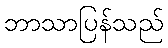
ဘာသာပြန်သည်